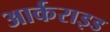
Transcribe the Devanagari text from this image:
आर्कराइड